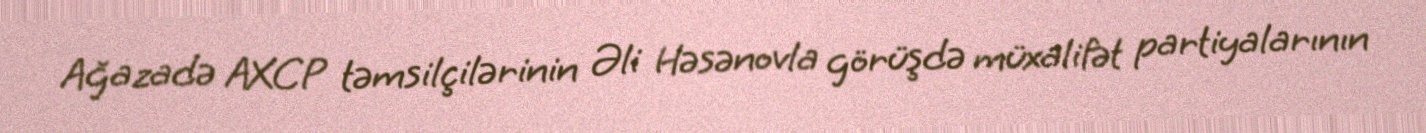
Ağazadə AXCP təmsilçilərinin Əli Həsənovla görüşdə müxalifət partiyalarının